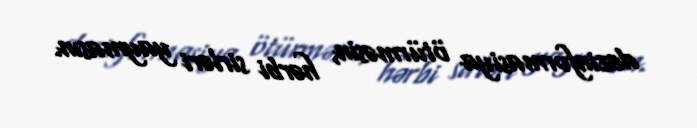
dezinformasiya ötürməsin, hərbi sirləri yaymasın.